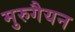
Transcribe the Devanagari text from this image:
मुरुगैयन